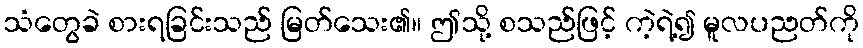
သံတွေခဲ စားရခြင်းသည် မြတ်သေး၏။ ဤသို့ စသည်ဖြင့် ကဲ့ရဲ့၍ မူလပညတ်ကို